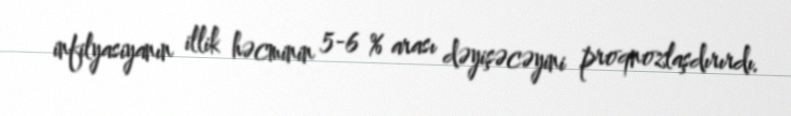
infilyasiyanın illik həcminin 5-6 % arası dəyişəcəyini proqnozlaşdırırdı.